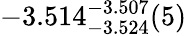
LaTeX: -3.514_{-3.524}^{-3.507}(5)